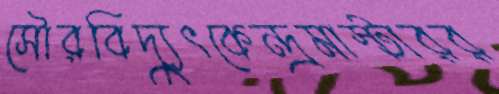
সৌরবিদ্যুৎকেন্দ্রমাস্টারর